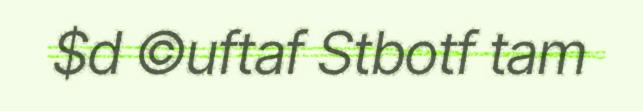
$d ©uftaf Stbotf tam